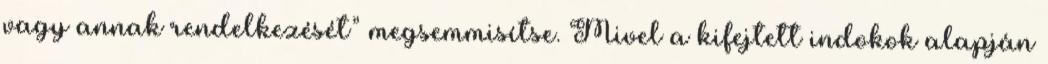
vagy annak rendelkezését” megsemmisítse. Mivel a kifejtett indokok alapján